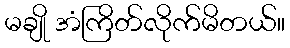
မချို အံကြိတ်လိုက်မိတယ်။